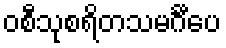
ဝစီသုစရိတသမင်္ဂီပေ